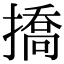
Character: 撟